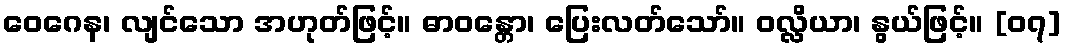
ဝေဂေန၊ လျင်သော အဟုတ်ဖြင့်။ ဓာဝန္တော၊ ပြေးလတ်သော်။ ဝလ္လိယာ၊ နွယ်ဖြင့်။ [၀၇]